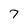
Character: 7